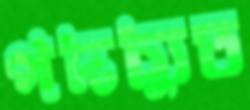
পদচ্যুত